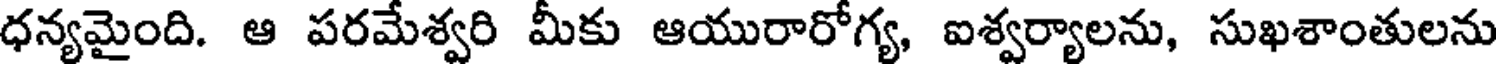
ధన్యమైంది. ఆ పరమేశ్వరి మీకు ఆయురారోగ్య, ఐశ్వర్యాలను, సుఖశాంతులను